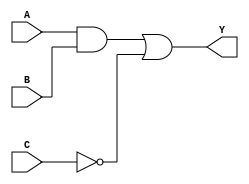
module covered_cell (
    input wire A,       // Input A
    input wire B,       // Input B
    input wire C,       // Input C
    output wire Y       // Output Y
);

// Internal signals for intermediate logic
wire and_out;         // Output of AND gate
wire not_out;         // Output of NOT gate

// Logic Implementation
// AND gate implementation
assign and_out = A & B; // A AND B

// NOT gate implementation
assign not_out = ~C;    // NOT C

// OR gate implementation
assign Y = and_out | not_out; // (A AND B) OR (NOT C)

endmodule